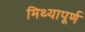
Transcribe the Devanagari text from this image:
मिथ्यापूर्ण